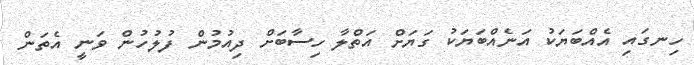
ހިނގައި އެއްބަޔަކު އަނެއްބަޔަކު ގަޔަށް އަތްލާ ހިސާބަށް ދިއުމުން ފުލުހުން ވަނީ އެތަން